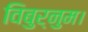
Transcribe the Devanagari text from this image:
विबुर्नुम।